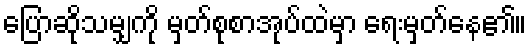
ပြောဆိုသမျှကို မှတ်စုစာအုပ်ထဲမှာ ရေးမှတ်နေ၏။